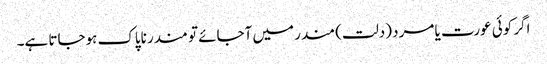
اگر کوئی عورت یا مرد (دلت) مندر میں آجائے تو مندر ناپاک ہوجاتا ہے۔